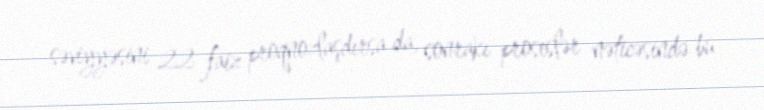
səviyyəsini 22 faiz proqnozlaşdırsa da, sonrakı proseslər nəticəsində bu